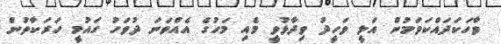
ވާހަކަދައްކަވަމުން އަލީ ވަހީދު ވިދާޅުވީ މެއި މަހުގެ އެއްވަނަ ދުވަހު ގައުމީ ހަރަކާތުން